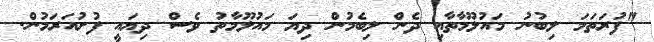
"ފުރަތަމަ ލިބުނު މައުލޫމާތާއި ދެން ލިބެމުން ދިޔަ މައުލޫމާތު ވެސް ދިޔައީ ފުށުއަރަމުން.